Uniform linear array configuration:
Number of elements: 4
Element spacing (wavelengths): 0.5
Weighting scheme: hann
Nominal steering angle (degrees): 15
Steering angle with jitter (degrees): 14.35
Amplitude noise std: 0.05
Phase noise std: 0.05

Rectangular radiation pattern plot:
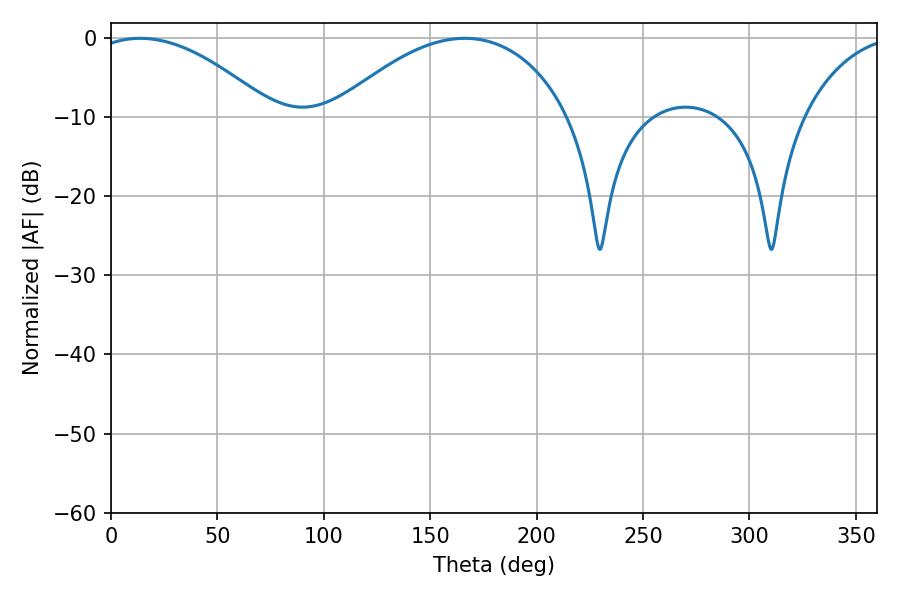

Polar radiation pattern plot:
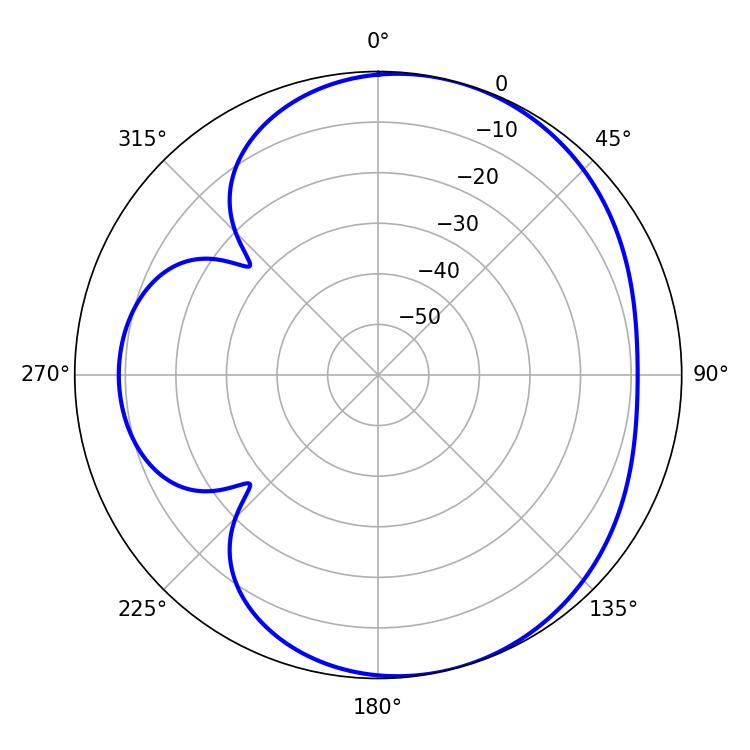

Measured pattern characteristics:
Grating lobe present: FALSE
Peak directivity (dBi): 5.19
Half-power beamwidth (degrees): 47.52
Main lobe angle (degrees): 13.68